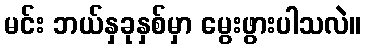
မင်း ဘယ်နှခုနှစ်မှာ မွေးဖွားပါသလဲ။